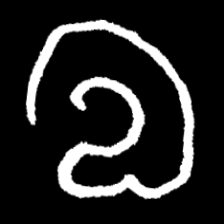
Pyu character \u2014 Myanmar letter: လ (romanized: la)